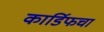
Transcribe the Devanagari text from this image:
कार्डिफचा